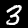
Label: 3